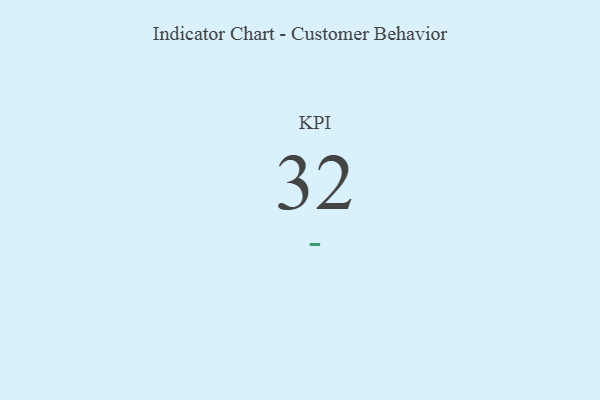
{"axis": {"x": "KPI", "y": "Value"}, "legend": [""], "data": [{"x": "KPI", "y": 32, "type": ""}]}